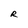
Character: R